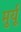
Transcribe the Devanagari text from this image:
मुर्यू